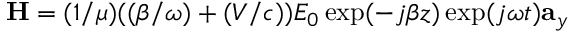
\mathbf { H } = ( 1 / \mu ) ( ( \beta / \omega ) + ( V / c ) ) E _ { 0 } \exp ( - j \beta z ) \exp ( j \omega t ) \mathbf { a } _ { y }